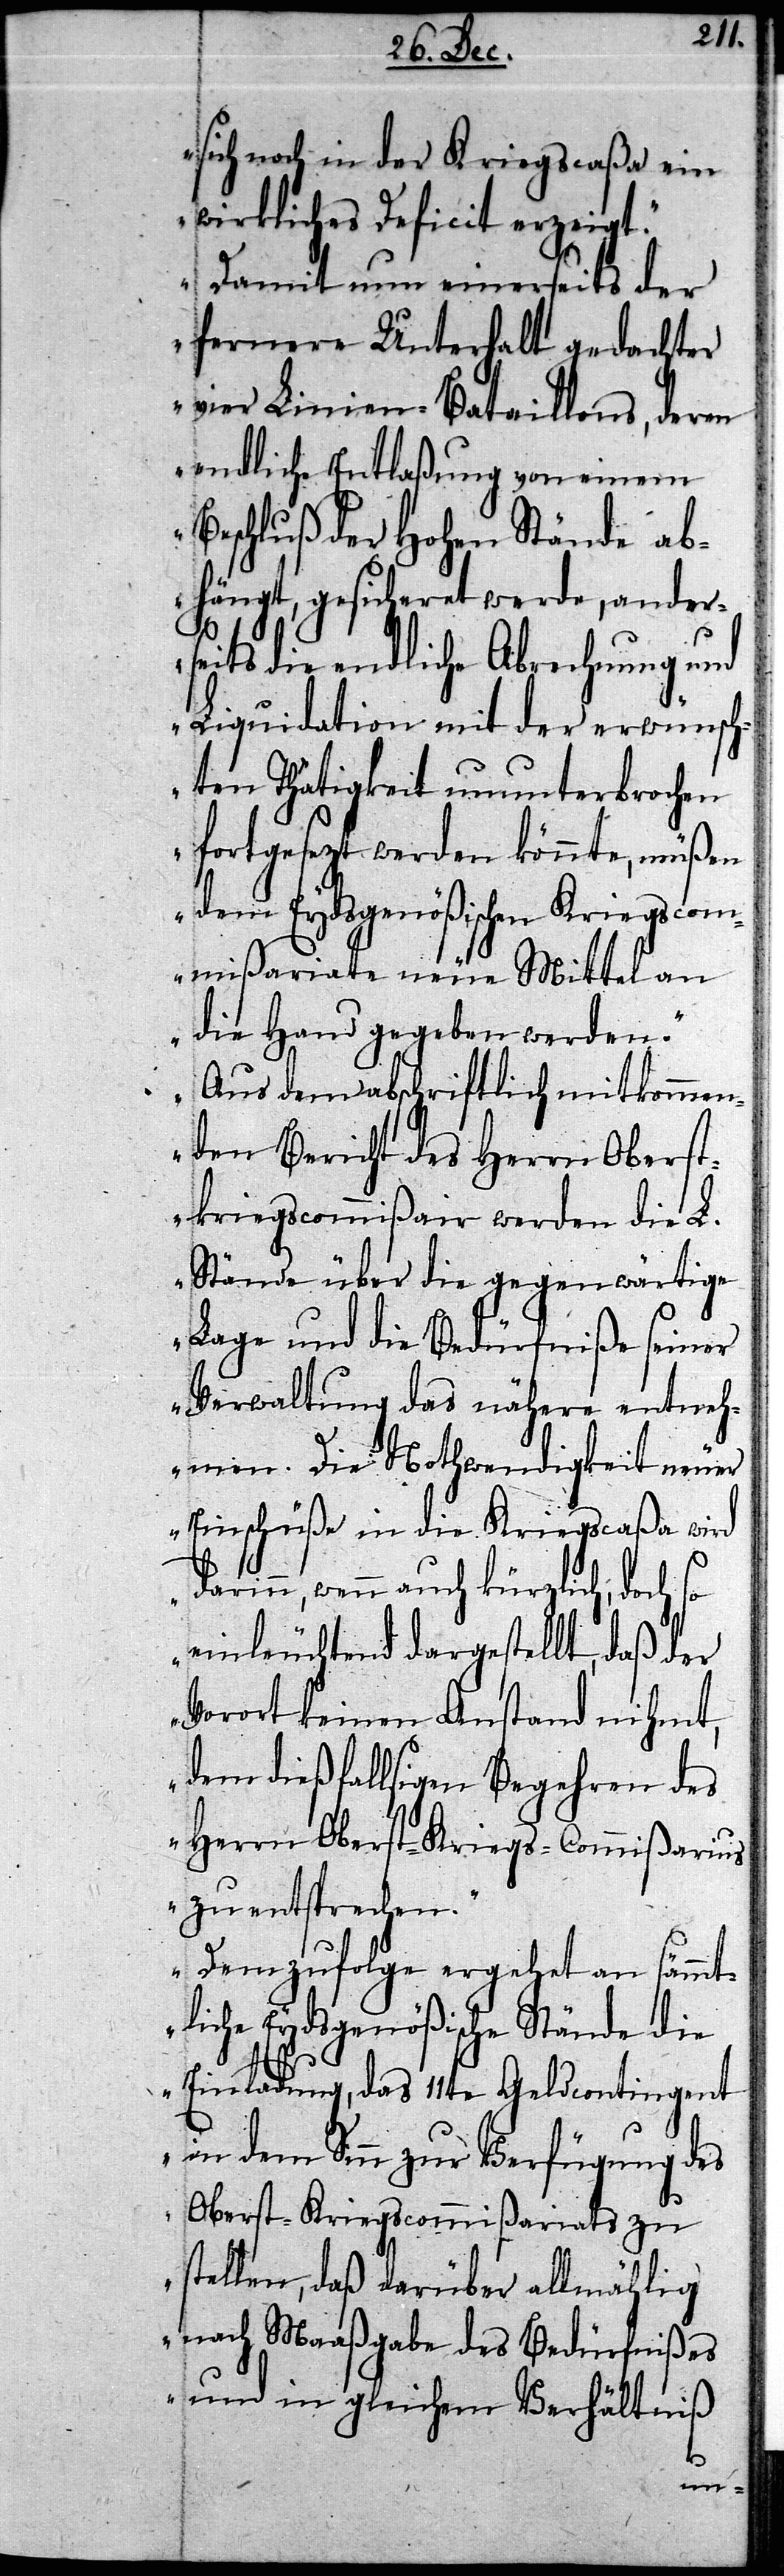
sich noch in der Kriegscaßa ein
wirkliches Deficit erzeigt.
Damit nun einerseits der
fernere Unterhalt gedachter
vier Linien-Bataillons, deren
endliche Entlaßung von einem
Beschluß der Hohen Stände ab¬
hängt, gesicheret werde, ander¬
seits die endliche Abrechnung und
Liquidation mit der erwünsch¬
ten Thätigkeit ununterbrochen
fortgesezt werden könnte, müßen
dem Eydsgenößischen Kriegscom¬
mißariate neue Mittel an
die Hand gegeben werden.
Aus dem abschriftlich mitkommen¬
den Bericht des Herrn Oberst¬
kriegscommißair werden die L.
Stände über die gegenwärtige
Lage und die Bedürfniße seiner
Verwaltung das nähere entneh¬
men. Die Nothwendigkeit neuer
Einschüße in die Kriegscaßa wird
darinn, wenn auch kürzlich, doch so
einleuchtend dargestellt, daß der
Vorort keinen Anstand nihmt,
dem dießfallsigen Begehren des
Herrn Oberst-Kriegs-Commißarius
zu entsprechen.
Dem zufolge ergeht an sämmt¬
liche Eydsgenößische Stände di¬
e Einladung, das 11te Geldcontingent
in dem Sinn zur Verfügung des
Oberst-Kriegscommißariats zu
stellen, daß darüber allmählig
nach Maaßgabe des Bedürfnißes
und in gleichem Verhältniß